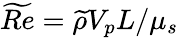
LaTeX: \widetilde{Re}=\widetilde{\rho}V_{p}L/\mu_{s}